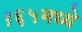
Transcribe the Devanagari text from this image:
१६५मध्ये